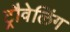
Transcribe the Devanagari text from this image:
ट्रौवेलिंग